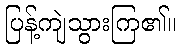
ပြန့်ကျဲသွားကြ၏။